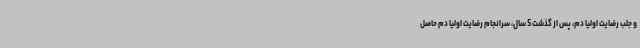
و جلب رضایت اولیا دم، پس از گذشت 5 سال، سرانجام رضایت اولیا دم حاصل